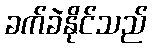
ခက်ခဲနိုင်သည်